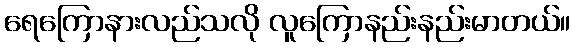
ရေကြောနားလည်သလို လူကြောနည်းနည်းမာတယ်။